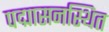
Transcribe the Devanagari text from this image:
पद्मासनस्थित